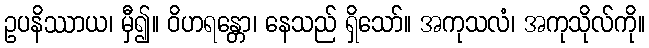
ဥပနိဿာယ၊ မှီ၍။ ဝိဟရန္တော၊ နေသည် ရှိသော်။ အကုသလံ၊ အကုသိုလ်ကို။